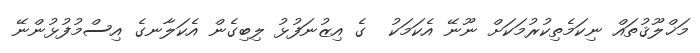
މަޚްލޫޤުތައް ނިކަމެތިކުރުމަކަށް ނޫނޭ އެކަމަކު  ގެ އިޒުނަފުޅު ލިބިގެން އެކަލާނގެ އިސްމުފުޅުންނޭ